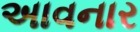
અાવનાર